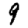
Digit: 9